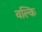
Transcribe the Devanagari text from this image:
वल्‍कि